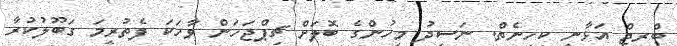
ބްރިޖް އަޅާނީ ކިހިނެތް. ނަސީދު މީހުންގެ ބޮލަށް ޗިޕްޖަހަން ވާހަކަ ފެތުރީމަ ގަބޫލުކުރާ